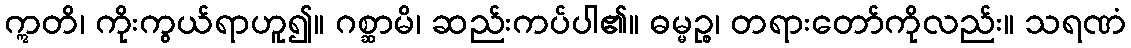
ဣတိ၊ ကိုးကွယ်ရာဟူ၍။ ဂစ္ဆာမိ၊ ဆည်းကပ်ပါ၏။ ဓမ္မဉ္စ၊ တရားတော်ကိုလည်း။ သရဏံ